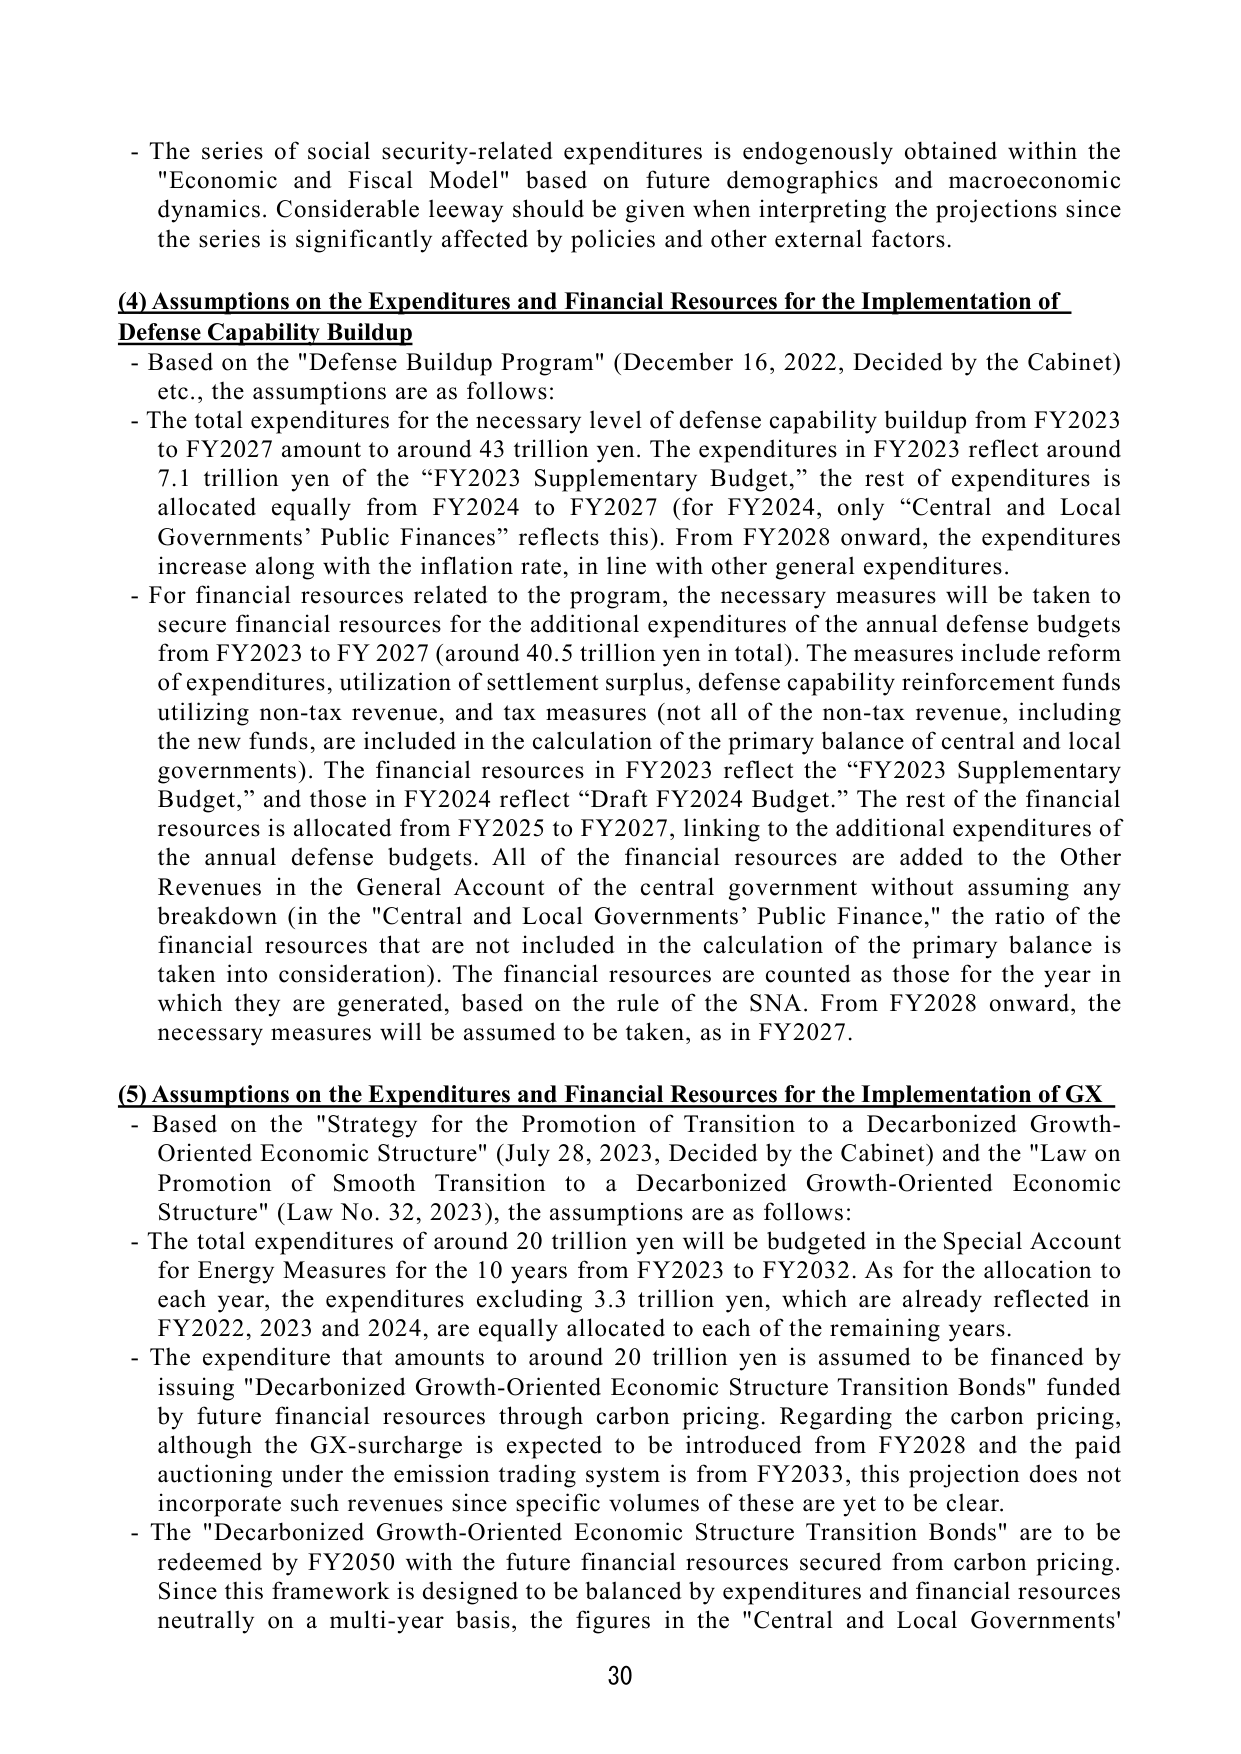
- The series of social security-related expenditures is endogenously obtained within the "Economic and Fiscal Model" based on future demographics and macroeconomic dynamics. Considerable leeway should be given when interpreting the projections since the series is significantly affected by policies and other external factors.

(4) Assumptions on the Expenditures and Financial Resources for the Implementation of Defense Capability Buildup
- Based on the "Defense Buildup Program" (December 16, 2022, Decided by the Cabinet) etc., the assumptions are as follows:
- The total expenditures for the necessary level of defense capability buildup from FY2023 to FY2027 amount to around 43 trillion yen. The expenditures in FY2023 reflect around 7.1 trillion yen of the “FY2023 Supplementary Budget,” the rest of expenditures is allocated equally from FY2024 to FY2027 (for FY2024, only “Central and Local Governments’ Public Finances” reflects this). From FY2028 onward, the expenditures increase along with the inflation rate, in line with other general expenditures.
- For financial resources related to the program, the necessary measures will be taken to secure financial resources for the additional expenditures of the annual defense budgets from FY2023 to FY 2027 (around 40.5 trillion yen in total). The measures include reform of expenditures, utilization of settlement surplus, defense capability reinforcement funds utilizing non-tax revenue, and tax measures (not all of the non-tax revenue, including the new funds, are included in the calculation of the primary balance of central and local governments). The financial resources in FY2023 reflect the “FY2023 Supplementary Budget,” and those in FY2024 reflect “Draft FY2024 Budget.” The rest of the financial resources is allocated from FY2025 to FY2027, linking to the additional expenditures of the annual defense budgets. All of the financial resources are added to the Other Revenues in the General Account of the central government without assuming any breakdown (in the "Central and Local Governments’ Public Finance," the ratio of the financial resources that are not included in the calculation of the primary balance is taken into consideration). The financial resources are counted as those for the year in which they are generated, based on the rule of the SNA. From FY2028 onward, the necessary measures will be assumed to be taken, as in FY2027.

(5) Assumptions on the Expenditures and Financial Resources for the Implementation of GX
- Based on the "Strategy for the Promotion of Transition to a Decarbonized Growth-Oriented Economic Structure" (July 28, 2023, Decided by the Cabinet) and the "Law on Promotion of Smooth Transition to a Decarbonized Growth-Oriented Economic Structure" (Law No. 32, 2023), the assumptions are as follows:
- The total expenditures of around 20 trillion yen will be budgeted in the Special Account for Energy Measures for the 10 years from FY2023 to FY2032. As for the allocation to each year, the expenditures excluding 3.3 trillion yen, which are already reflected in FY2022, 2023 and 2024, are equally allocated to each of the remaining years.
- The expenditure that amounts to around 20 trillion yen is assumed to be financed by issuing "Decarbonized Growth-Oriented Economic Structure Transition Bonds" funded by future financial resources through carbon pricing. Regarding the carbon pricing, although the GX-surchage is expected to be introduced from FY2028 and the paid auctioning under the emission trading system is from FY2033, this projection does not incorporate such revenues since specific volumes of these are yet to be clear.
- The "Decarbonized Growth-Oriented Economic Structure Transition Bonds" are to be redeemed by FY2050 with the future financial resources secured from carbon pricing. Since this framework is designed to be balanced by expenditures and financial resources neutrally on a multi-year basis, the figures in the "Central and Local Governments'

30